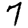
Digit: 7